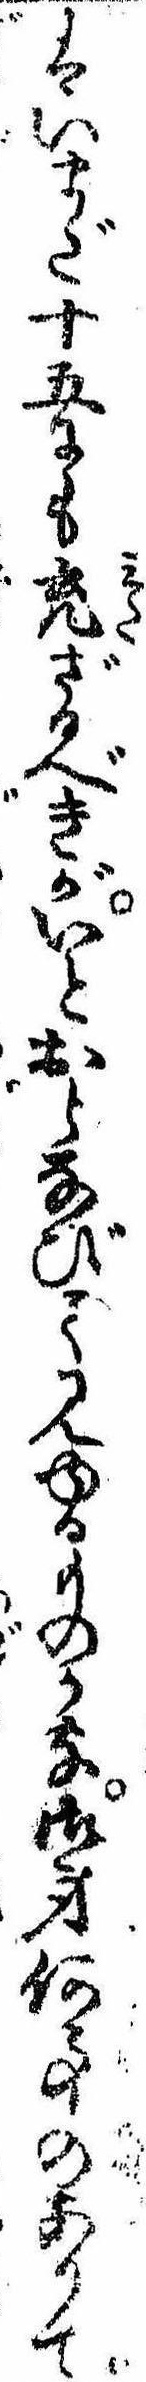
はいまだ十五にも充ざるべきがいとおとなびて見ゆるものかな御身何事のありて